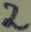
Text: 2